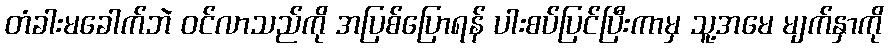
တံခါးမခေါက်ဘဲ ဝင်လာသည်ကို အပြစ်ပြောရန် ပါးစပ်ပြင်ပြီးကာမှ သူ့အမေ မျက်နှာကို